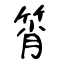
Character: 筲